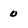
Character: 0